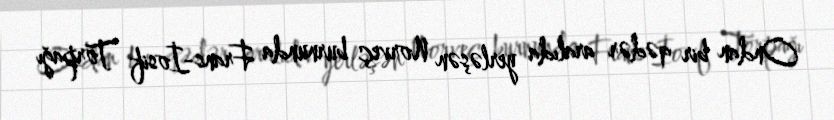
Ondan bir qədər aralıda yerləşən Norveç burnunda Frans-İosif Torpağı